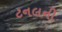
ટનલની